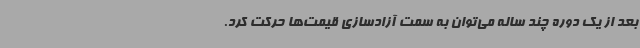
بعد از یک دوره چند ساله می‌توان به سمت آزادسازی قیمت‌ها حرکت کرد.